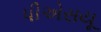
પીએસયૂ